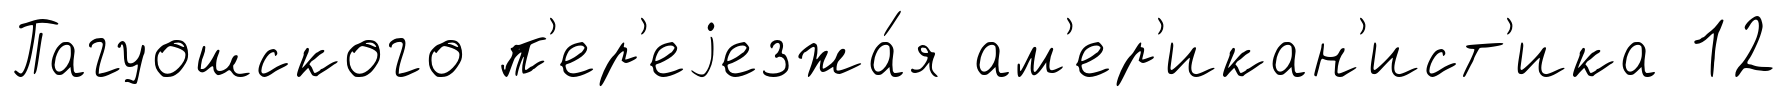
Пагуошского п'ер'еjезжа́я ам'ер'икан'ист'ика 12